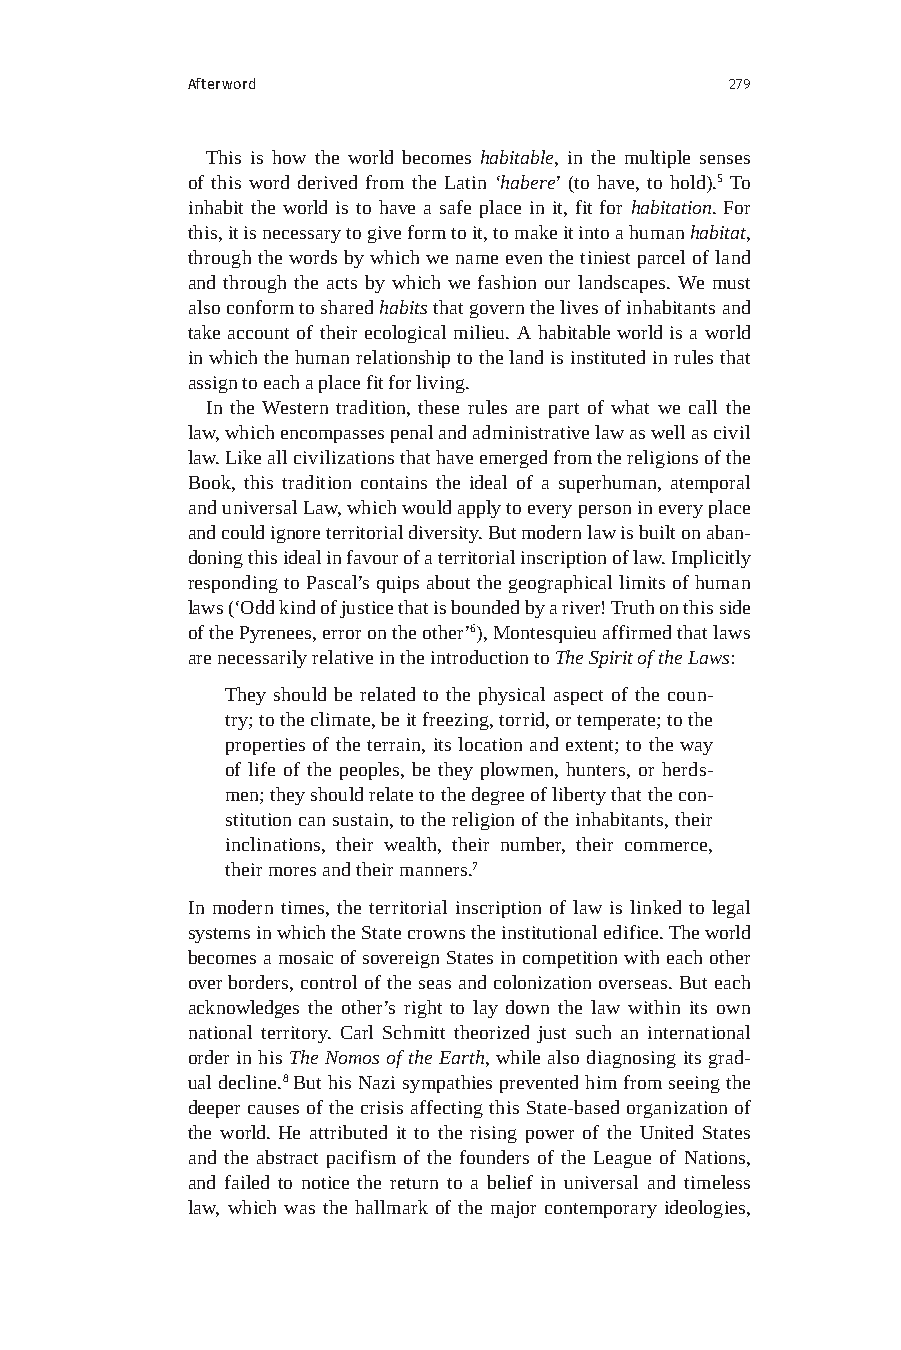
Afterword                           279
 This is how the world becomes habitable, in the multiple senses
 of this word derived from the Latin ‘habere’ (to have, to hold).5 To
 inhabit the world is to have a safe place in it, fit for habitation. For
 this, it is necessary to give form to it, to make it into a human habitat,
 through the words by which we name even the tiniest parcel of land
 and through the acts by which we fashion our landscapes. We must
 also conform to shared habits that govern the lives of inhabitants and
 take account of their ecological milieu. A habitable world is a world
 in which the human relationship to the land is instituted in rules that
 assign to each a place fit for living.
 In the Western tradition, these rules are part of what we call the
 law, which encompasses penal and administrative law as well as civil
 law. Like all civilizations that have emerged from the religions of the
 Book, this tradition contains the ideal of a superhuman, atemporal
 and universal Law, which would apply to every person in every place
 and could ignore territorial diversity. But modern law is built on aban-
 doning this ideal in favour of a territorial inscription of law. Implicitly
 responding to Pascal’s quips about the geographical limits of human
 laws (‘Odd kind of justice that is bounded by a river! Truth on this side
 of the Pyrenees, error on the other’6), Montesquieu affirmed that laws
 are necessarily relative in the introduction to The Spirit of the Laws:
 They should be related to the physical aspect of the coun-
 try; to the climate, be it freezing, torrid, or temperate; to the
 properties of the terrain, its location and extent; to the way
 of life of the peoples, be they plowmen, hunters, or herds-
 men; they should relate to the degree of liberty that the con-
 stitution can sustain, to the religion of the inhabitants, their
 inclinations, their wealth, their number, their commerce,
 their mores and their manners.7
 In modern times, the territorial inscription of law is linked to legal
 systems in which the State crowns the institutional edifice. The world
 becomes a mosaic of sovereign States in competition with each other
 over borders, control of the seas and colonization overseas. But each
 acknowledges the other’s right to lay down the law within its own
 national territory. Carl Schmitt theorized just such an international
 order in his The Nomos of the Earth, while also diagnosing its grad-
 ual decline.8 But his Nazi sympathies prevented him from seeing the
 deeper causes of the crisis affecting this State-based organization of
 the world. He attributed it to the rising power of the United States
 and the abstract pacifism of the founders of the League of Nations,
 and failed to notice the return to a belief in universal and timeless
 law, which was the hallmark of the major contemporary ideologies,